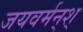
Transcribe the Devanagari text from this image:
जयवर्मन्‌श्